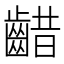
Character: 齰